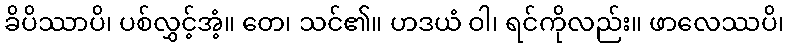
ခိပိဿာပိ၊ ပစ်လွှင့်အံ့။ တေ၊ သင်၏။ ဟဒယံ ဝါ၊ ရင်ကိုလည်း။ ဖာလေဿပိ၊